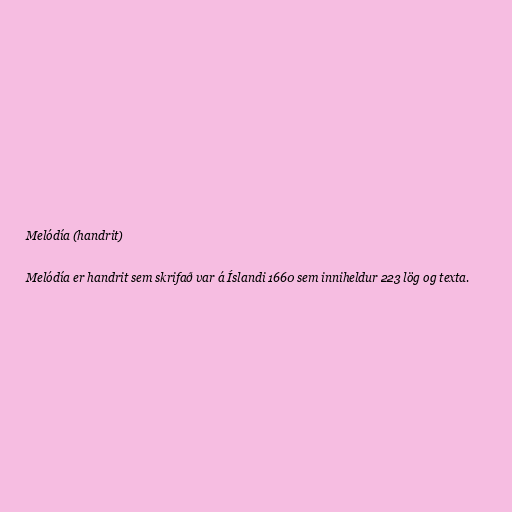
Melódía (handrit)

Melódía er handrit sem skrifað var á Íslandi 1660 sem inniheldur 223 lög og texta.